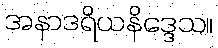
အနာဒရိယနိဒ္ဒေသ။